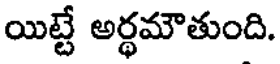
యిట్టే అర్థమౌతుంది.